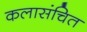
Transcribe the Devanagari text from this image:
कलासंचित